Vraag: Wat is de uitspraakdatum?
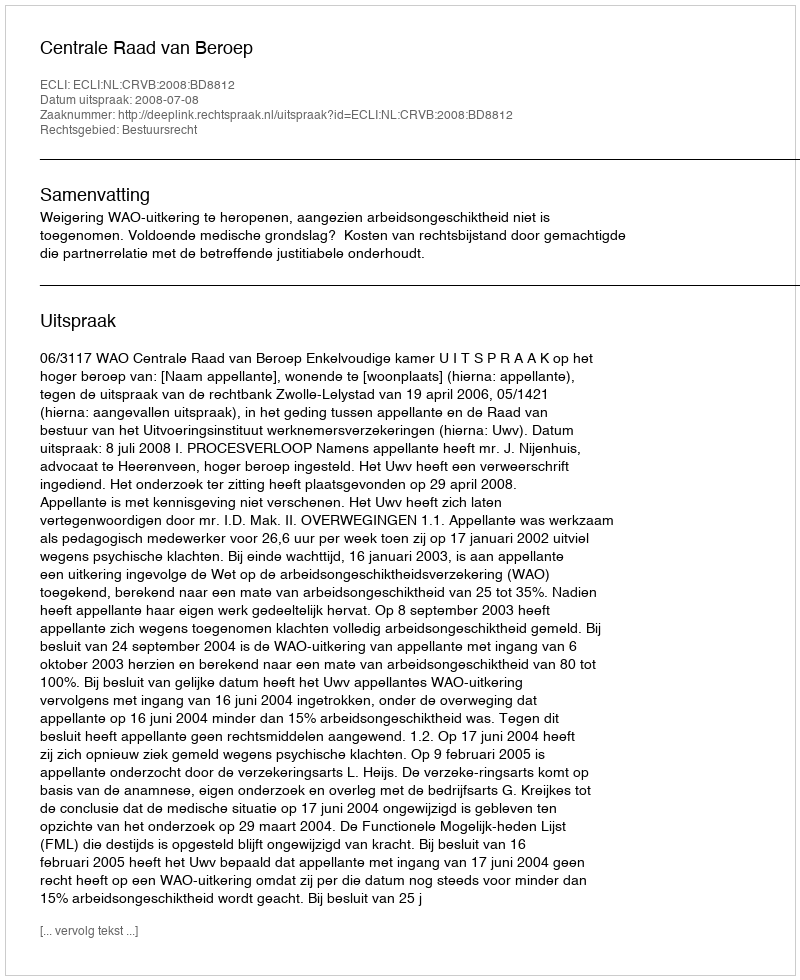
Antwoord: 2008-07-08